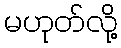
မဟုတ်လို့